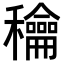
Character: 𥤉